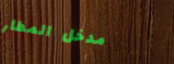
مدخل المطار